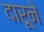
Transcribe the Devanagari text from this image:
दारूने